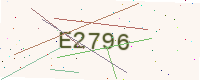
Text: E2796